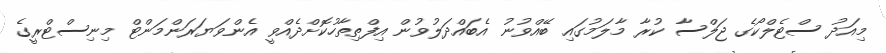
މިއަދު ސްޓެލްކޯގެ ޖަލްސާ ކުރާ މާލަމުގައި ބޭއްވުނު އެބައްދަލުވުން އިފްތިތާހުކޮށްދެއްވީ އެންވަޔަރަންމަންޓް މިނިސްޓްރީގެ